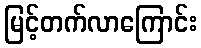
မြင့်တက်လာကြောင်း